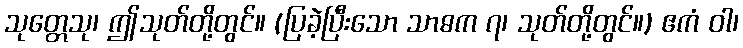
သုတ္တေသု၊ ဤသုတ်တို့တွင်။ (ပြခဲ့ပြီးသော သာဓက ၇၊ သုတ်တို့တွင်။) ဧကံ ဝါ၊